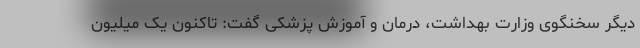
دیگر سخنگوی وزارت بهداشت، درمان و آموزش پزشکی گفت: تاکنون یک میلیون